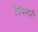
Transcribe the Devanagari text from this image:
त्रिवलनी